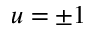
u = \pm 1